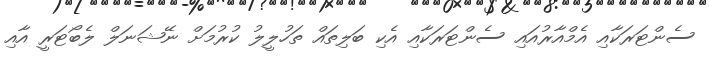
ސެންޓަރަކާއި އެމްއާރުއައި ސެންޓަރަކާއި އެކި ބަލިތައް ތަހުލީލު ކުރުމަށް ނޭޝަނަލް ލެބޯޓަރީ އާއި